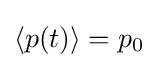
\langle p(t)\rangle =p_{0}